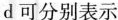
d可分别表示